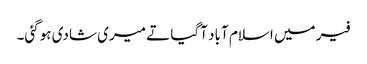
فیر میں اسلام آباد آگیا تے میری شادی ہوگئی۔